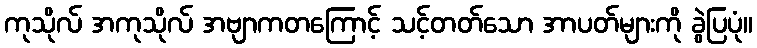
ကုသိုလ် အကုသိုလ် အဗျာကတကြောင့် သင့်တတ်သော အာပတ်များကို ခွဲပြပုံ။